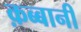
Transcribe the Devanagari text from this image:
क़ब्बानी